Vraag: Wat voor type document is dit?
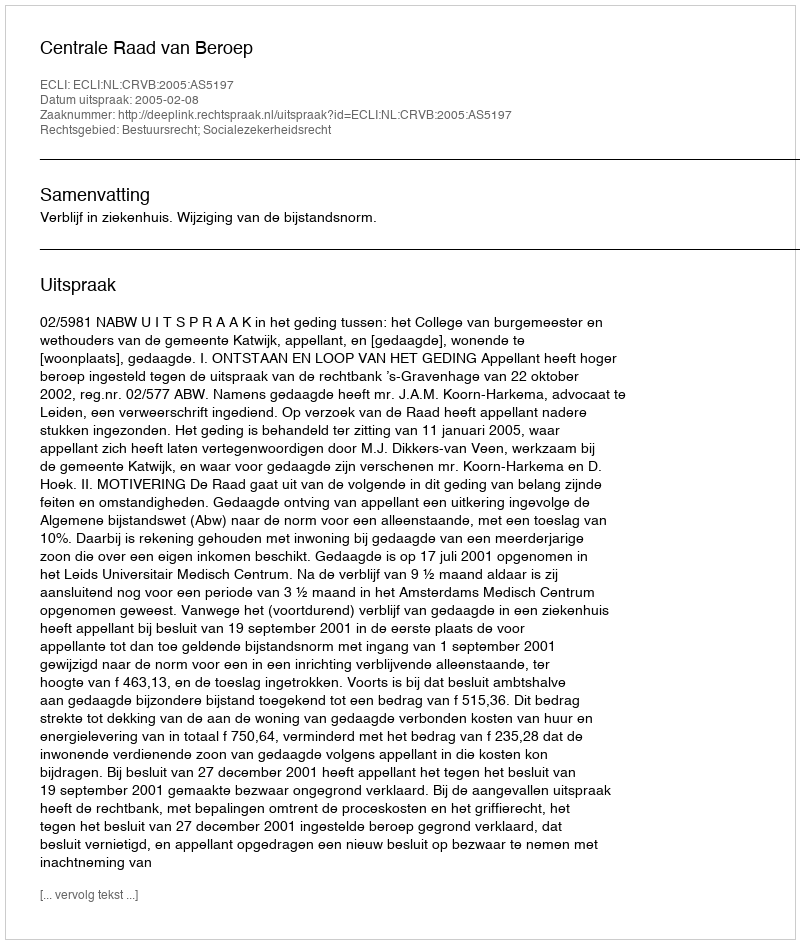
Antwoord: Uitspraak